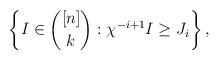
LaTeX: \begin{align*} \left\{I \in {[n] \choose k} : \chi^{-i+1} I \geq J_i \right\},\end{align*}